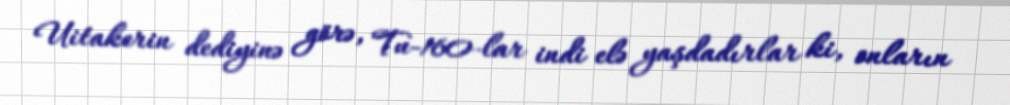
Uitakerin dediyinə görə, Tu-160-lar indi elə yaşdadırlar ki, onların